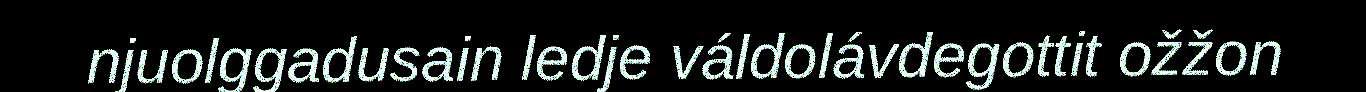
njuolggadusain ledje váldolávdegottit ožžon